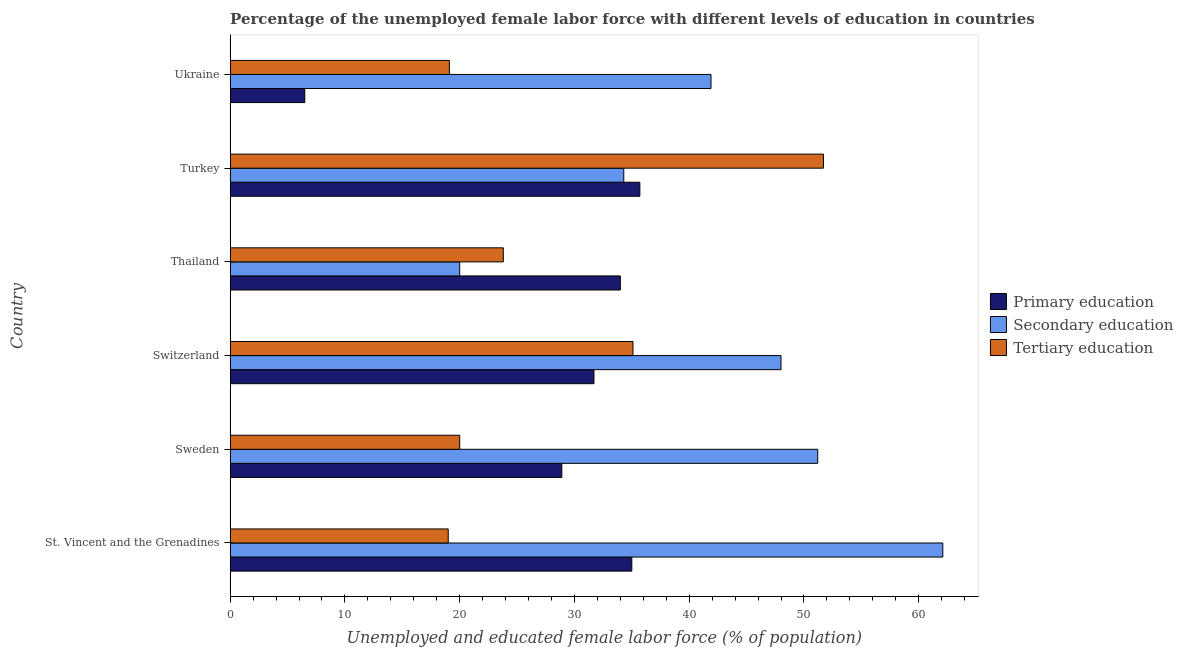
| Country | Primary education | Secondary education | Tertiary education |
 | --- | --- | --- | --- |
 | St. Vincent and the Grenadines | 35 | 62.1 | 19 |
 | Sweden | 28.9 | 51.2 | 20 |
 | Switzerland | 31.7 | 48 | 35.1 |
 | Thailand | 34 | 20 | 23.8 |
 | Turkey | 35.7 | 34.3 | 51.7 |
 | Ukraine | 6.5 | 41.9 | 19.1 |